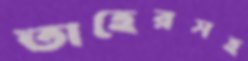
তাহেরসহ